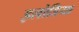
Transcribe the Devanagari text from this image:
इलोडिया